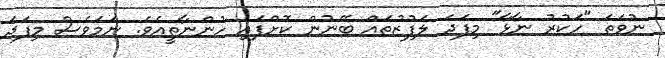
ނުވަތަ "ހަކުރު ނާޅާ" މިފަދަ ލަފުޒުތައް ބޭނުން ކޮށްފައި ހުންނާތީއެވެ. ނަމަވެސް މިފަދަ